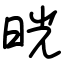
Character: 晄